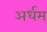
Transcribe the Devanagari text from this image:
अर्धम्